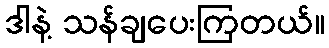
ဒါနဲ့ သန်ချပေးကြတယ်။